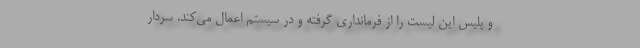
و پلیس این لیست را از فرمانداری گرفته و در سیستم اعمال می‌کند. سردار